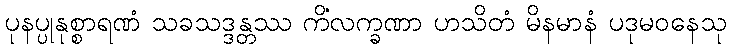
ပုနပ္ပုနုစ္စာရဏံ သခသဒ္ဒန္တဿ ကိံလက္ခဏာ ဟသိတံ မိနမာနံ ပဒုမဝနေသု